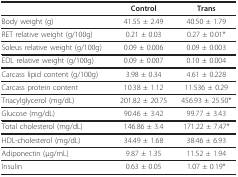
<table><thead><tr><td></td><td><b>Control</b></td><td><b>Trans</b></td></tr></thead><tbody><tr><td>Body weight (g)</td><td>41.55 ± 2.49</td><td>40.50 ± 1.79</td></tr><tr><td>RET relative weight (g/100g)</td><td>0.21 ± 0.03</td><td>0.27 ± 0.01*</td></tr><tr><td>Soleus relative weight (g/100g)</td><td>0.09 ± 0.006</td><td>0.09 ± 0.003</td></tr><tr><td>EDL relative weight (g/100g)</td><td>0.09 ± 0.007</td><td>0.10 ± 0.004</td></tr><tr><td>Carcass lipid content (g/100g)</td><td>3.98 ± 0.34</td><td>4.61 ± 0.228</td></tr><tr><td>Carcass protein content</td><td>10.38 ± 1.12</td><td>11.536 ± 0.29</td></tr><tr><td>Triacylglycerol (mg/dL)</td><td>201.82 ± 20.75</td><td>456.93 ± 25.50*</td></tr><tr><td>Glucose (mg/dL)</td><td>90.46 ± 3.42</td><td>99.77 ± 3.43</td></tr><tr><td>Total cholesterol (mg/dL)</td><td>146.86 ± 3.4</td><td>171.22 ± 7.47*</td></tr><tr><td>HDL-cholesterol (mg/dL)</td><td>34.49 ± 1.68</td><td>38.46 ± 6.93</td></tr><tr><td>Adiponectin (μg/mL)</td><td>9.87 ± 1.35</td><td>11.52 ± 1.94</td></tr><tr><td>Insulin</td><td>0.63 ± 0.05</td><td>1.07 ± 0.19*</td></tr></tbody></table>